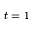
t = 1